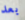
بعد